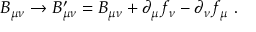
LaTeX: B _ { \mu \nu } \rightarrow B _ { \mu \nu } ^ { \prime } = B _ { \mu \nu } + \partial _ { \mu } f _ { \nu } - \partial _ { \nu } f _ { \mu } ~ .